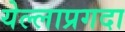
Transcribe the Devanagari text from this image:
येल्लाप्रगदा